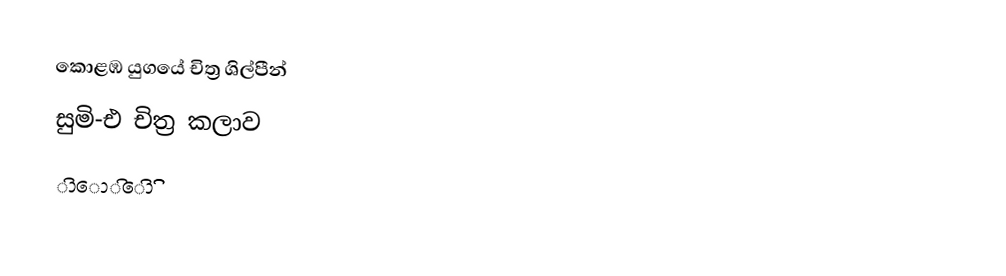
කොළඹ යුගයේ චිත්‍ර ශිල්පීන්
සුමි-එ චිත්‍ර කලාව
ිාොිෙිා ිි